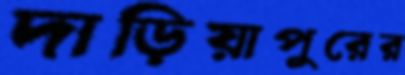
দাড়িয়াপুরের